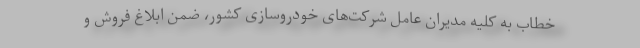
خطاب به کلیه مدیران عامل شرکت‌های خودروسازی کشور، ضمن ابلاغ فروش و